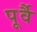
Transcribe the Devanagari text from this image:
पूर्वै